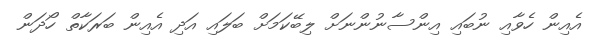
އެއިން ހެވާއި ނުބައި އިންސާނުންނަށް ލިބޭކަމަށް ބަލައި އަދި އެއިން ބަރަކާތް ހޯދަން